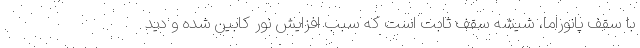
با سقف پانوراما، شیشه سقف ثابت است که سبب افزایش نور کابین شده و دید